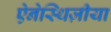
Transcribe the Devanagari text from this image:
ऐनेस्थिज़ीया